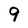
Character: 9